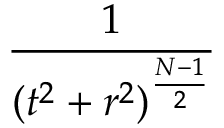
\frac { 1 } { ( t ^ { 2 } + r ^ { 2 } ) ^ { \frac { N - 1 } { 2 } } }